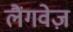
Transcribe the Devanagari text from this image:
लैंगवेज़